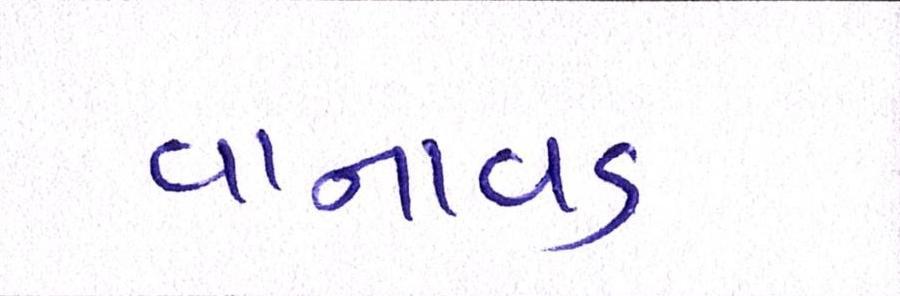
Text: વાનાવડ